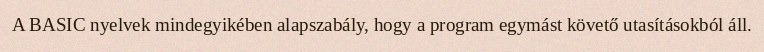
A BASIC nyelvek mindegyikében alapszabály, hogy a program egymást követő utasításokból áll.